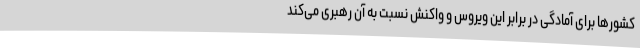
کشورها برای آمادگی در برابر این ویروس و واکنش نسبت به آن رهبری می‌کند